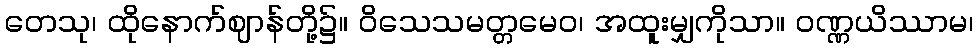
တေသု၊ ထိုနောက်ဈာန်တို့၌။ ဝိသေသမတ္တမေဝ၊ အထူးမျှကိုသာ။ ဝဏ္ဏယိဿာမ၊